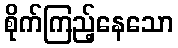
စိုက်ကြည့်နေသော